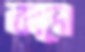
কাদো